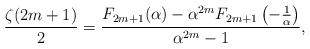
LaTeX: \begin{align*} \frac{\zeta (2 m + 1)}{2} = \frac{F_{2 m + 1} (\alpha) - \alpha^{2 m} F_{2 m + 1} \left(- \frac{1}{\alpha} \right)}{\alpha^{2 m} - 1}, \end{align*}